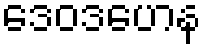
ဒေဝဒဟေန